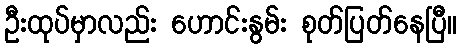
ဦးထုပ်မှာလည်း ဟောင်းနွမ်း စုတ်ပြတ်နေပြီ။